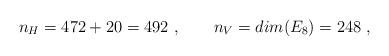
LaTeX: \begin{align*}n_H= 472 + 20 = 492\ , \qquad n_V=dim(E_8)=248\ ,\end{align*}